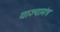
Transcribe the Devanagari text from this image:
याज्यामंत्र